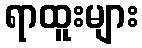
ရာထူးများ